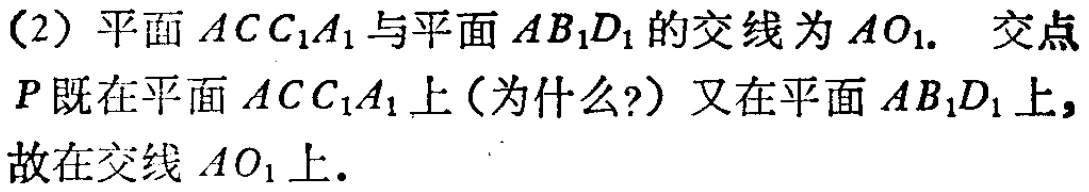
(2) 平面 \(ACC_{1}A_{1}\) 与平面 \(AB_{1}D_{1}\) 的交线为 \(AO_{1}\). 交点
\(P\) 既在平面 \(ACC_{1}A_{1}\) 上(为什么?) 又在平面 \(AB_{1}D_{1}\) 上,
故在交线 \(AO_{1}\) 上.